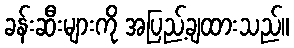
ခန်းဆီးများကို အပြည့်ချထားသည်။